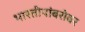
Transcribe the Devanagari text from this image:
भारतीयांबरोबर